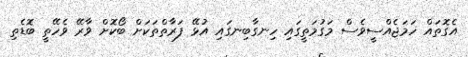
އެގޮތައް ހަމަޖެއްސީވެސް މަގުމަތީގައި ހިނގާބިނގައި އުޅޭ ފަރާތްތަކަށް ބޯކޮށް ވާރޭ ވެހޭތީ ބޮޑެތި